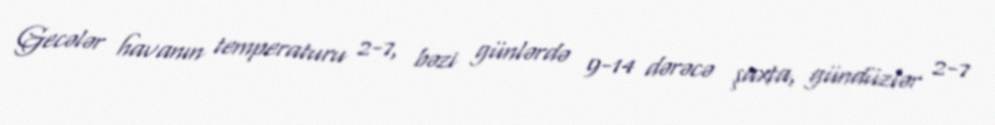
Gecələr havanın temperaturu 2-7, bəzi günlərdə 9-14 dərəcə şaxta, gündüzlər 2-7